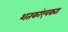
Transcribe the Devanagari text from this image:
शतकांएवढ्या